Report on malaria in the Punjab during the year ...  together with an account of the work of the Punjab Malaria Bureau - Volume 3
Disease focus: Malaria
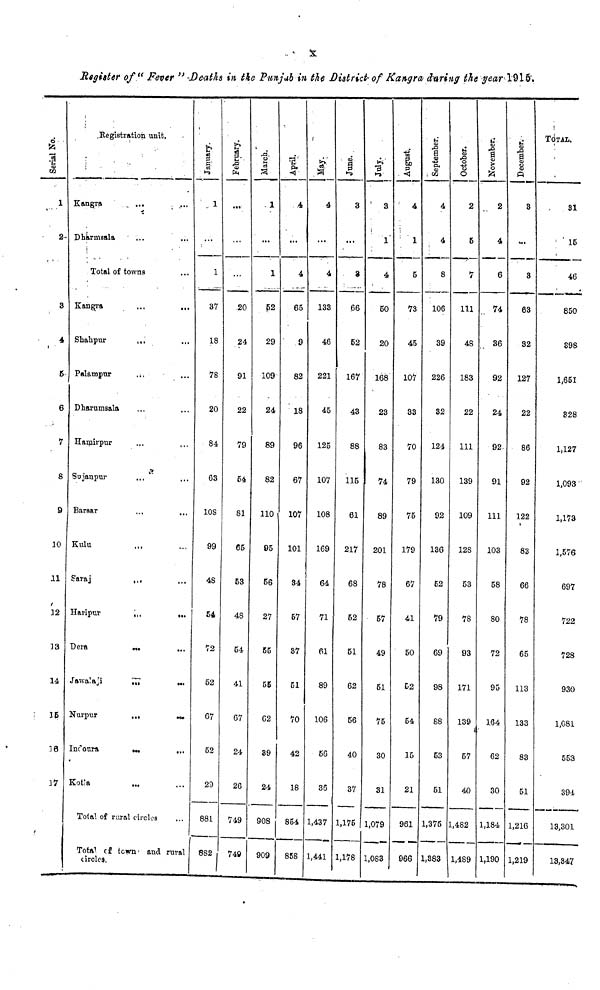
x
Register of "Fever" Deaths in the Punjab in the District of Kangra during the year 1915.
Serial No.
1
2
3
4
5
6
7
S
9
10
11
12
33
14
15
16
17
Registration unit.
Kangra
Dharmsala
Total of towns
Kangra
Shahpur
Palampur
Dharumsala
Hamirpur
Sujanpur
Barsar
Kulu
Saraj
Haripur
Dera
Jawalaji
Nurpur
Indoura
Kota
Total of rural circles
Total of town and rural
circles.
January.
1
1
37
18
78
20
84
63
108
99
48
54
72
52
67
62
20
881
882
February.
20
24
91
22
79
54
81
65
53
48
54
41
67
24
26
749
749
March.
1
1
52
29
109
24
89
82
110
95
56
27
55
55
62
39
24
908
909
April.
4
4
65
9
82
18
96
67
107
101
34
57
37
51
70
42
18
854
858
May.
4
4
133
46
221
45
125
107
108
169
64
71
61
89
106
56
36
1,437
1,441
June.
3
3
66
52
167
43
88
115
61
217
68
52
51
62
56
40
37
1,175
1,178
July.
3
1
4
50
20
168
23
83
74
89
201
78
57
49
51
75
30
31
1,079
1,083
August.
4
1
5
73
45
107
33
70
79
75
179
67
41
50
52
54
15
21
961
966
September.
4
4
8
106
39
226
32
124
130
92
136
52
79
69
98
88
53
51
1,375
1,383
October.
2
5
7
111
48
183
22
111
139
109
128
53
78
93
171
139
57
40
1,482
1,489
November.
2
4
6
74
36
92
24
92
91
111
103
58
80
72
95
164
62
30
1,184
1,190
December.
3
3
63
32
127
22
86
92
122
83
66
78
65
113
133
83
51
1,216
1,219
TOTAL.
31
15
46
850
398
1,651
828
1,127
1,093
1,173
1,576
697
722
728
930
1,081
553
394
13,301
13,847